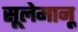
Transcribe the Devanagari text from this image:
सूलेमानू